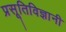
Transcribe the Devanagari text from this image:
प्रसूतिविज्ञानी